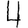
Digit: 4